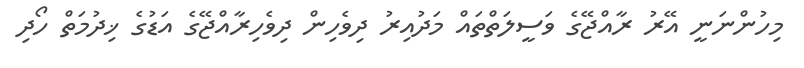
މިހުންނަނީ އޭރު ރާއްޖޭގެ ވަސީލަތްތައް މަދުއިރު ދިވެހިން ދިވެހިރާއްޖޭގެ އަޑުގެ ޚިދުމަތް ހޯދި